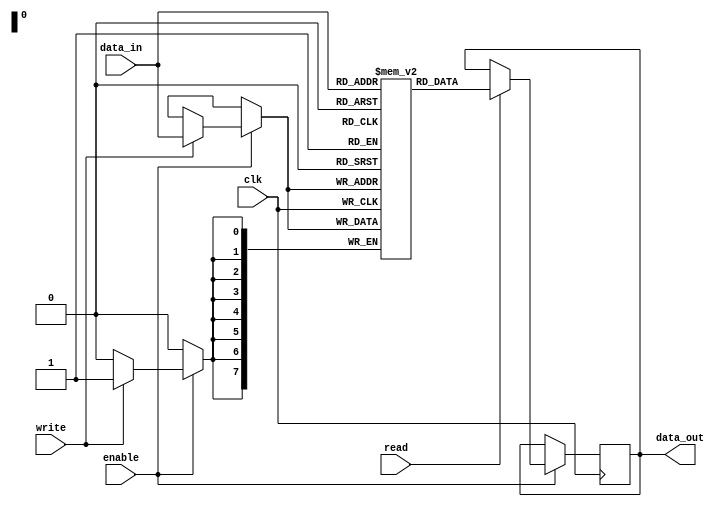
module memory_block (
    input wire clk,
    input wire enable,
    input wire [7:0] data_in,
    output reg [7:0] data_out,
    input wire read,
    input wire write
);
    reg [7:0] mem [0:255]; // Example memory array

    always @(posedge clk) begin
        if (enable) begin
            if (write) begin
                mem[data_in[7:0]] <= data_in; // Write operation
            end
            if (read) begin
                data_out <= mem[data_in[7:0]]; // Read operation
            end
        end
    end
endmodule